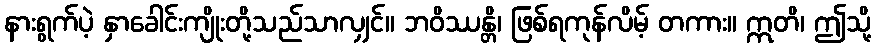
နားရွက်ပဲ့ နှာခေါင်းကျိုးတို့သည်သာလျှင်။ ဘဝိဿန္တိ၊ ဖြစ်ရကုန်လိမ့် တကား။ ဣတိ၊ ဤသို့